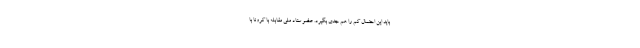
باید این احتمال کم را هم جدی بگیرد. عضو ستاد ملی مقابله با کرونا با